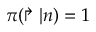
\pi ( \Rsh | n ) = 1